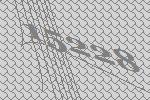
15228